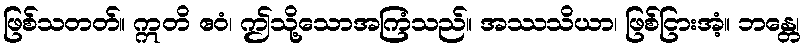
ဖြစ်သတတ်။ ဣတိ ဧဝံ၊ ဤသို့သောအကြံသည်။ အဿသိယာ၊ ဖြစ်ငြားအံ့။ ဘန္တေ၊